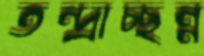
তন্দ্রাচ্ছন্ন